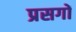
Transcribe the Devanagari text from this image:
प्रसगों